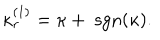
\kappa _ { r } ^ { ( 1 ) } = \kappa + \; \mathrm { s g n } ( \kappa ) .